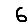
Digit: 6